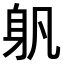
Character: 𨈔